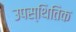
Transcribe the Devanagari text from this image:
उपस्थितिक